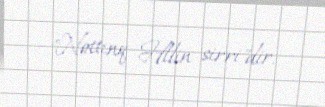
"Nottinq Hllin sirri"dir.